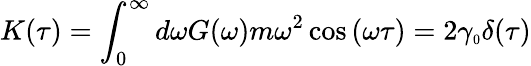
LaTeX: K(\tau)=\int_{0}^{\infty}d\omega G(\omega)m\omega^{2}\cos{(\omega\tau)}=2\gamma_{\scriptscriptstyle 0}\delta(\tau)